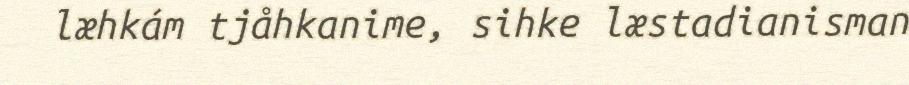
læhkám tjåhkanime, sihke læstadianisman